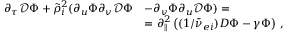
\begin{array} { r l } { \partial _ { \tau } \mathcal { D } \Phi + \tilde { \rho } _ { i } ^ { 2 } ( \partial _ { u } \Phi \partial _ { v } \mathcal { D } \Phi } & { - \partial _ { v } \Phi \partial _ { u } \mathcal { D } \Phi ) = } \\ & { = \partial _ { \parallel } ^ { 2 } \left( ( 1 / \bar { \nu } _ { e i } ) D \Phi - \gamma \Phi \right) \, , } \end{array}